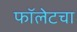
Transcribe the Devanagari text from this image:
फॉलेटचा